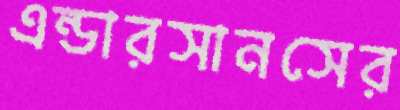
এন্ডারসানসের